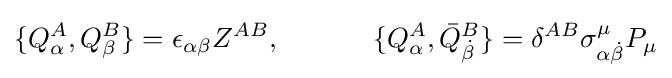
\{Q_{\alpha }^{A},Q_{\beta }^{B}\}=\epsilon _{\alpha \beta }Z^{AB},\ \ \ \ \ \ \ \ \ \ \{Q_{\alpha }^{A},{\bar {Q}}_{\dot {\beta }}^{B}\}=\delta ^{AB}\sigma _{\alpha {\dot {\beta }}}^{\mu }P_{\mu }